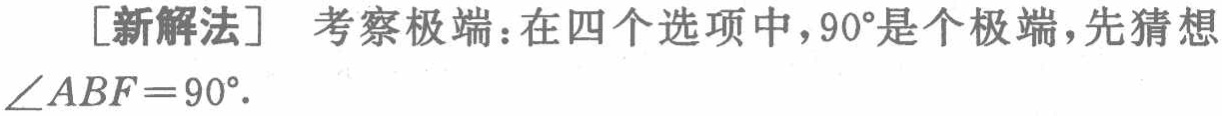
[新解法] 考察极端：在四个选项中，$90^{\circ}$是个极端，先猜想$\angle ABF = 90^{\circ}$.